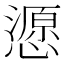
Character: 𢢵